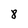
Character: 8